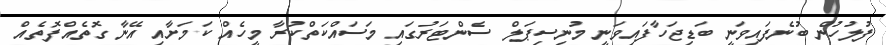
ފުލުހުން ބުނެފައިވަނީ ބަޑިޖަހާފައިވަނީ މުނިސިޕަލް ސެންޓަރުގައި މަސައްކަތްކުރާ މީހެއް ކަމަށާއި އޭނާ ގޮތެއްފޮތެއް